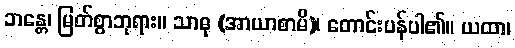
ဘန္တေ၊ မြတ်စွာဘုရား။ သာဓု (အာယာစာမိ)၊ တောင်းပန်ပါ၏။ ယထာ၊